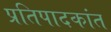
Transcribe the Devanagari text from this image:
प्रतिपादकांत